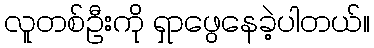
လူတစ်ဦးကို ရှာဖွေနေခဲ့ပါတယ်။